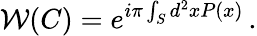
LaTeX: \mathcal{W}(C)=e^{i\pi\int_{S}d^{2}xP(x)}\, .